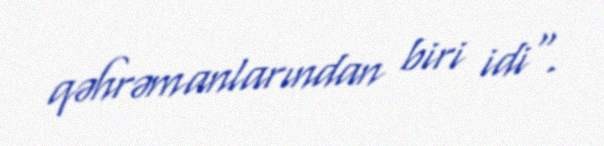
qəhrəmanlarından biri idi".